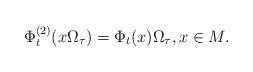
LaTeX: \begin{align*}\Phi_t^{(2)}( x \Omega_\tau) = \Phi_t(x) \Omega_\tau, x \in M.\end{align*}